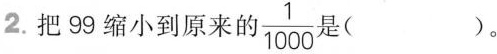
2.把99缩小到原来的 \frac{1}{1000} 是( )。